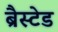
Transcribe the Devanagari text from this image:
ब्रैस्टेड